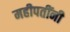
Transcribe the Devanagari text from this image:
महीपतींनी